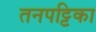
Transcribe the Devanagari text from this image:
तनपट्टिका